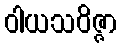
ဝါယသဝိဇ္ဇာ